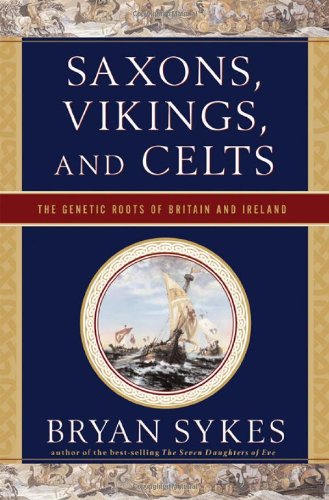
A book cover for Saxons, Vikings, and Celts: The Genetic Roots of Britain and Ireland; Bryan Sykes; Science & Math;